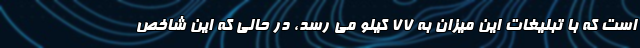
است که با تبلیغات این میزان به ۷۷ کیلو می رسد، در حالی که این شاخص